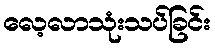
လေ့လာသုံးသပ်ခြင်း